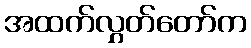
အထက်လွှတ်တော်က